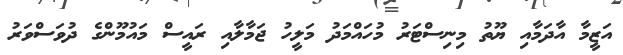
އަޒީމާ އާދަމާއި ޔޫތު މިނިސްޓަރު މުހައްމަދު މަލީހު ޖަމާލާއި ރައީސް މައުމޫންގެ ދުވަސްވަރު